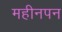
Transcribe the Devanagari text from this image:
महीनपन